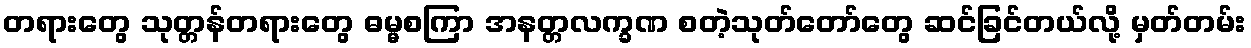
တရားတွေ သုတ္တန်တရားတွေ ဓမ္မစကြာ အနတ္တလက္ခဏ စတဲ့သုတ်တော်တွေ ဆင်ခြင်တယ်လို့ မှတ်တမ်း